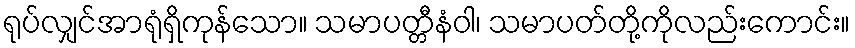
ရုပ်လျှင်အာရုံရှိကုန်သော။ သမာပတ္တီနံဝါ၊ သမာပတ်တို့ကိုလည်းကောင်း။